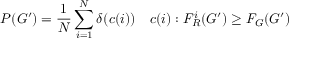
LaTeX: P ( G ^ { \prime } ) = { \frac { 1 } { N } } \sum _ { i = 1 } ^ { N } \delta ( c ( i ) ) \quad c ( i ) : F _ { R } ^ { i } ( G ^ { \prime } ) \geq F _ { G } ( G ^ { \prime } )